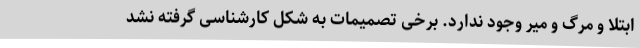
ابتلا و مرگ و میر وجود ندارد. برخی تصمیمات به شکل کارشناسی گرفته نشد